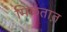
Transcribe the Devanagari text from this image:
मिळतात़